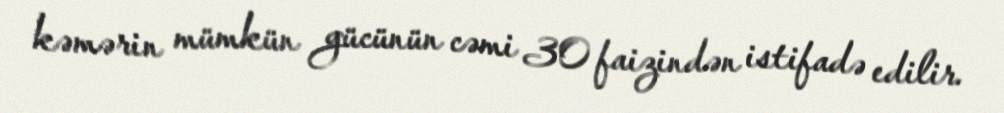
kəmərin mümkün gücünün cəmi 30 faizindən istifadə edilir.